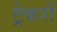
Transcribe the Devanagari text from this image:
ट्रेकरों